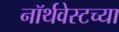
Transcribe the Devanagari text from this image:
नॉर्थवेस्टच्या